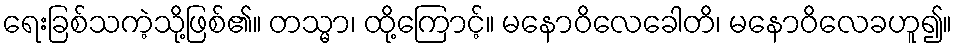
ရေးခြစ်သကဲ့သို့ဖြစ်၏။ တသ္မာ၊ ထို့ကြောင့်။ မနောဝိလေခေါတိ၊ မနောဝိလေခဟူ၍။